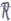
Text: R